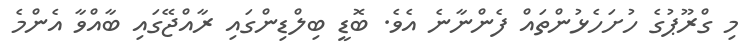
މި ގްރޫޕުގެ ހުށަހެޅުންތައް ފެންނާނެ އެވެ. ބޮޑީ ބިލްޑިންގައި ރާއްޖޭގައި ބާއްވާ އެންމެ